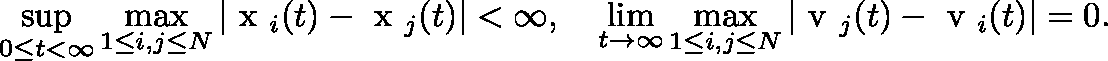
\operatorname* { s u p } _ { 0 \leq t < \infty } \operatorname* { m a x } _ { 1 \leq i , j \leq N } | \mathrm { \boldmath ~ x ~ } _ { i } ( t ) - \mathrm { \boldmath ~ x ~ } _ { j } ( t ) | < \infty , \quad \operatorname* { l i m } _ { t \to \infty } \operatorname* { m a x } _ { 1 \leq i , j \leq N } | \mathrm { \boldmath ~ v ~ } _ { j } ( t ) - \mathrm { \boldmath ~ v ~ } _ { i } ( t ) | = 0 .